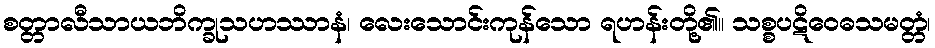
စတ္တာလီသာယဘိက္ခုသဟဿာနံ၊ လေးသောင်းကုန်သော ရဟန်းတို့၏။ သစ္စပဋိဝေဓသမတ္တံ၊